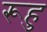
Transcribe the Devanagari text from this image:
रूहु